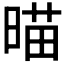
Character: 𣈴